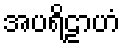
အပရိဠာဟံ